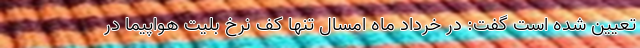
تعیین شده است گفت: در خرداد ماه امسال تنها کف نرخ بلیت هواپیما در